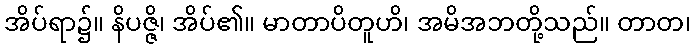
အိပ်ရာ၌။ နိပဇ္ဇိ၊ အိပ်၏။ မာတာပိတူဟိ၊ အမိအဘတို့သည်။ တာတ၊